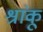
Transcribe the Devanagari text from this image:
श्रांकू